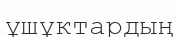
ұшұктардың